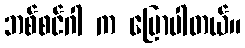
ဘစ်စင်ဂါ က ပြောပါတယ်။